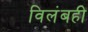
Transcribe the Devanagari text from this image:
विलंबही